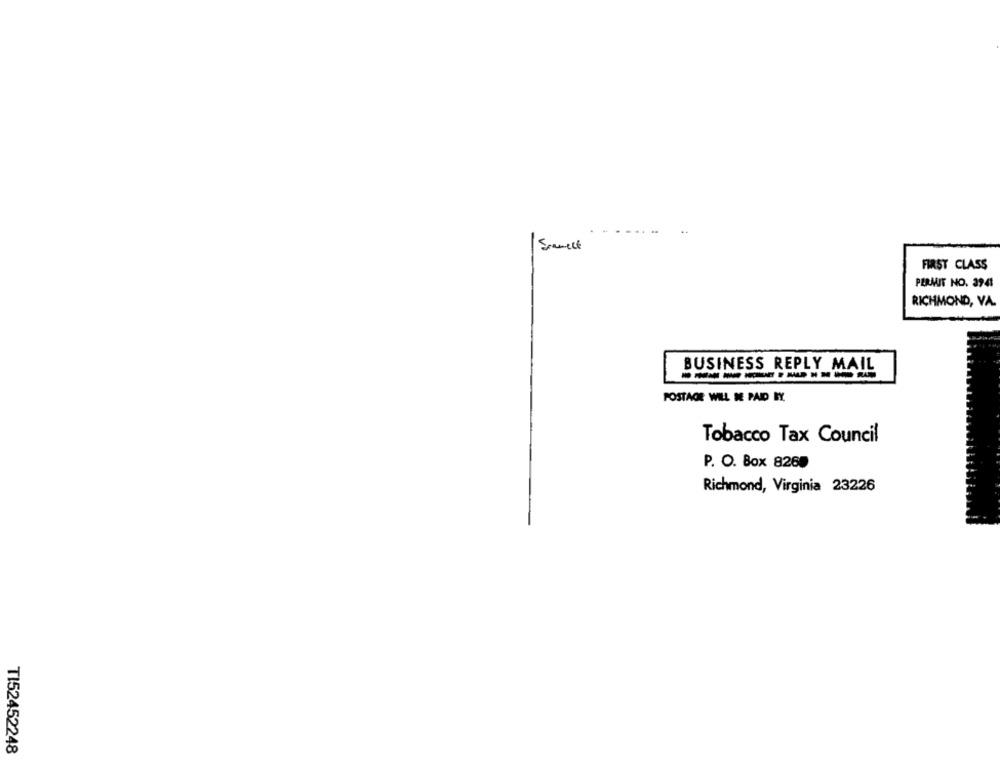
Samell
FIRST CLASS
PERMIT NO. 3941
RICHMOND, VA.
BUSINESS REPLY MAIL
POSTAGE WILL KE PAID BY.
Tobacco Tax Council
P. O. Box 8260
Richmond, Virginia 23226
TI52452248